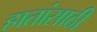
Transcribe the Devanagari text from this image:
हातांसाठी